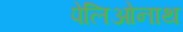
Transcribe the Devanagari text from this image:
पेलिओनाथ